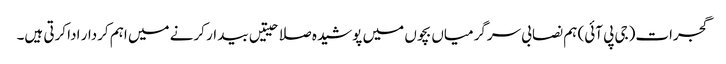
گجرات(جی پی آئی) ہم نصابی سرگرمیاں بچوں میں پوشیدہ صلاحیتیں بیدار کرنے میں اہم کردار ادا کرتی ہیں۔